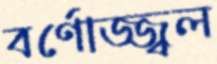
বর্ণোজ্জ্বল